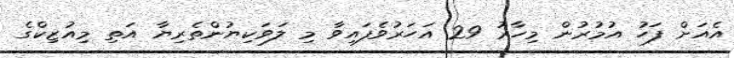
އެއަށް ފަހު އުމުރުން މިހާރު 29 އަހަރުވެފައިވާ މި ލަވަކިޔުންތެރިޔާ އަތި މިއުޒިކްގެ